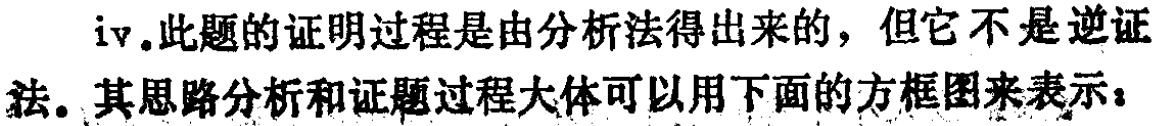
iv.此题的证明过程是由分析法得出来的，但它不是逆证法。其思路分析和证题过程大体可以用下面的方框图来表示：